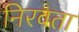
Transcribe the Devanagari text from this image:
निरवता